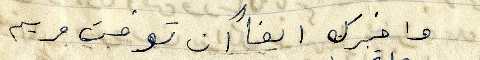
وا خبرك ايضاً ان توفت مريم